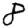
Digit: 8